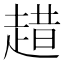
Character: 趞